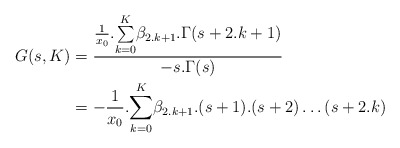
\begin{align*}G(s,K)&=\frac{\frac{1}{x_0}.\underset{k=0}{\overset{K}{\sum }}\beta _{2.k+1}.\Gamma (s+2.k+1)}{-s.\Gamma (s)}\\&=-\frac{1}{x_0}.\underset{k=0}{\overset{K}{\sum }}\beta _{2.k+1}.(s+1).(s+2)\ldots (s+2.k) \end{align*}